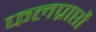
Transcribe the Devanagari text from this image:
फलप्राप्तौ